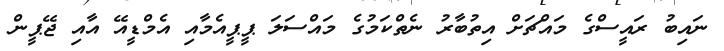
ނައިބު ރައީސްގެ މައްޗަށް އިތުބާރު ނެތްކަމުގެ މައްސަލަ ޕީޕީއެމާއި އެމްޑީއޭ އާއި ޖޭޕީން